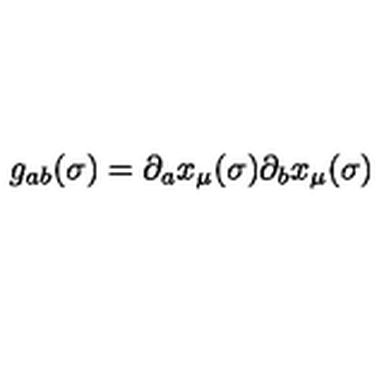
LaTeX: g _ { a b } ( \sigma ) = \partial _ { a } x _ { \mu } ( \sigma ) \partial _ { b } x _ { \mu } ( \sigma )